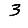
Digit: 3